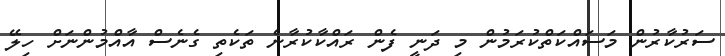
ސަރުކާރުން މަސައްކަތްކުރަމުން މި ދަނީ ފެން ރައްކާކުރާނެ ތަކެތި ގެނެސް އާއްމުންނަށް ހިލޭ